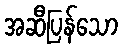
အဆီပြန်သော